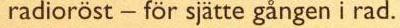
radioröst - för sjätte gången i rad.